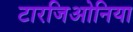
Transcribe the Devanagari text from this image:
टारजिओनिया